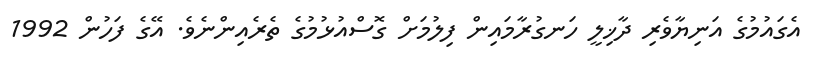
އެގައުމުގެ އަނިޔާވެރި ދާޚިލީ ހަނގުރާމައިން ފިލުމަށް ގޮސްއުޅުމުގެ ތެރެއިންނެވެ. އޭގެ ފަހުން 1992